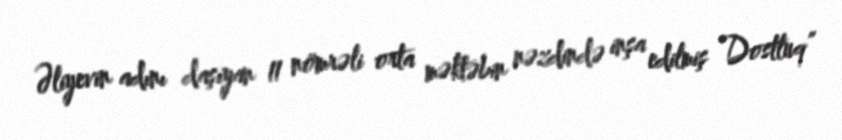
Əliyevin adını daşıyan 11 nömrəli orta məktəbin nəzdində inşa edilmiş “Dostluq”